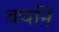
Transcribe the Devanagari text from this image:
वचनिं